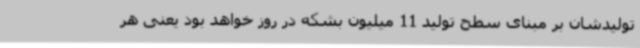
تولیدشان بر مبنای سطح تولید 11 میلیون بشکه در روز خواهد بود یعنی هر